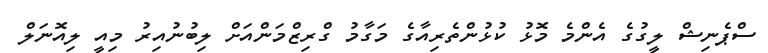
ސްޕެނިޝް ލީގުގެ އެންމެ މޮޅު ކުޅުންތެރިއާގެ މަގާމު ގްރިޒްމަންއަށް ލިބުނުއިރު މިއީ ލިއޮނަލް